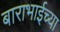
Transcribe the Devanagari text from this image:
बाराभाईच्या